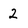
Character: 2